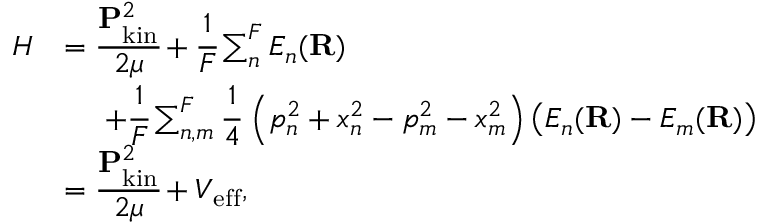
\begin{array} { r l } { H } & { = \cfrac { \mathbf { P } _ { \mathrm { k i n } } ^ { 2 } } { 2 \mu } + \cfrac { 1 } { F } \sum _ { n } ^ { F } E _ { n } ( \mathbf { R } ) } \\ & { \, \, \, \, \, \, \, \, + \cfrac { 1 } { F } \sum _ { n , m } ^ { F } \cfrac { 1 } { 4 } \, \left( p _ { n } ^ { 2 } + x _ { n } ^ { 2 } - p _ { m } ^ { 2 } - x _ { m } ^ { 2 } \right) \left( E _ { n } ( \mathbf { R } ) - E _ { m } ( \mathbf { R } ) \right) } \\ & { = \cfrac { \mathbf { P } _ { \mathrm { k i n } } ^ { 2 } } { 2 \mu } + V _ { \mathrm { e f f } } , } \end{array}